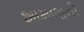
શામળાની